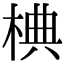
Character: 椣